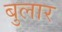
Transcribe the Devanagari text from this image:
बुलार